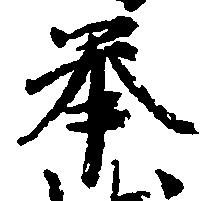
挙